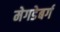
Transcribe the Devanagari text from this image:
मेगडेबर्ग